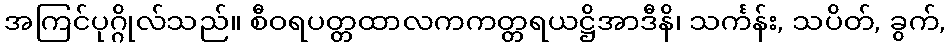
အကြင်ပုဂ္ဂိုလ်သည်။ စီဝရပတ္တထာလကကတ္တရယဋ္ဌိအာဒီနိ၊ သင်္ကန်း, သပိတ်, ခွက်,